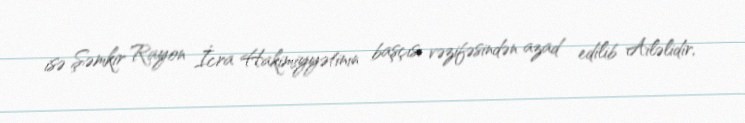
isə Şəmkir Rayon İcra Hakimiyyətinın başçısı vəzifəsindən azad edilib Ailəlidir,